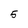
Character: 5